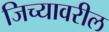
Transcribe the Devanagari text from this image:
जिच्यावरील